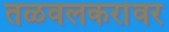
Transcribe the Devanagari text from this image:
तळवलकरांवर